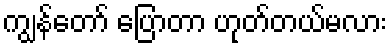
ကျွန်တော် ပြောတာ ဟုတ်တယ်မလား